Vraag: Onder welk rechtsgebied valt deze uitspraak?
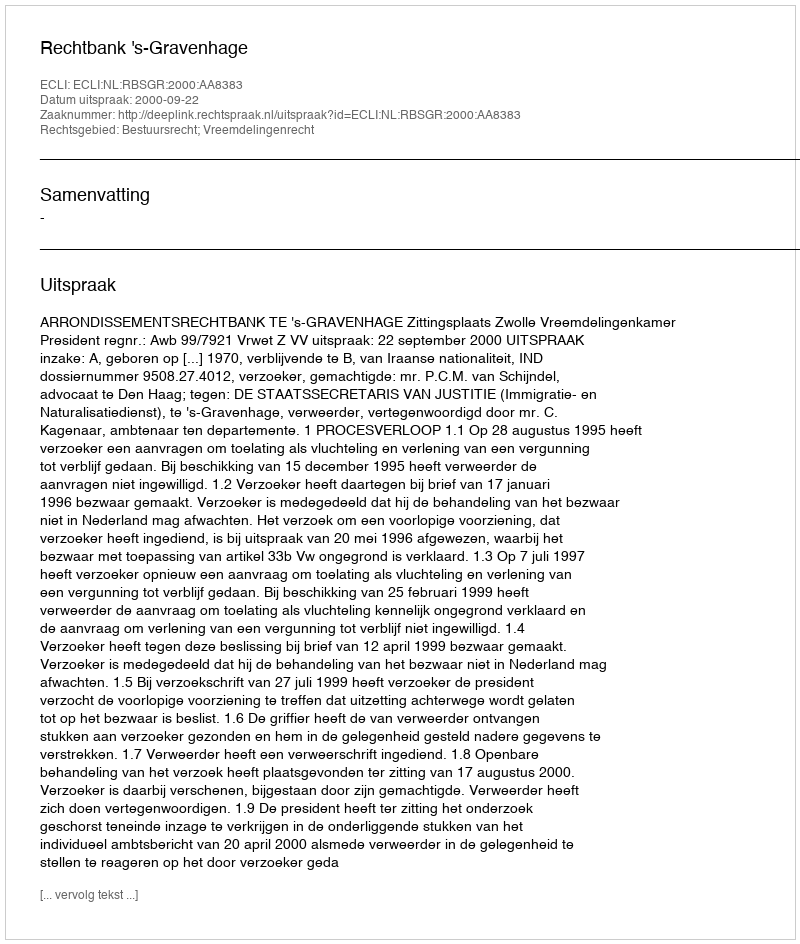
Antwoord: Bestuursrecht; Vreemdelingenrecht